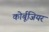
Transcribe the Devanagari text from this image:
कोर्बूजियर